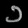
Digit: ၁